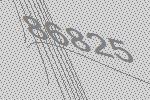
86825